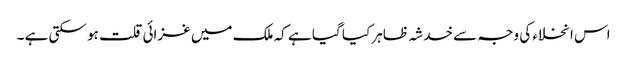
اس انخلاء کی وجہ سے خدشہ ظاہر کیا گیا ہے کہ ملک میں غزائی قلت ہو سکتی ہے ۔